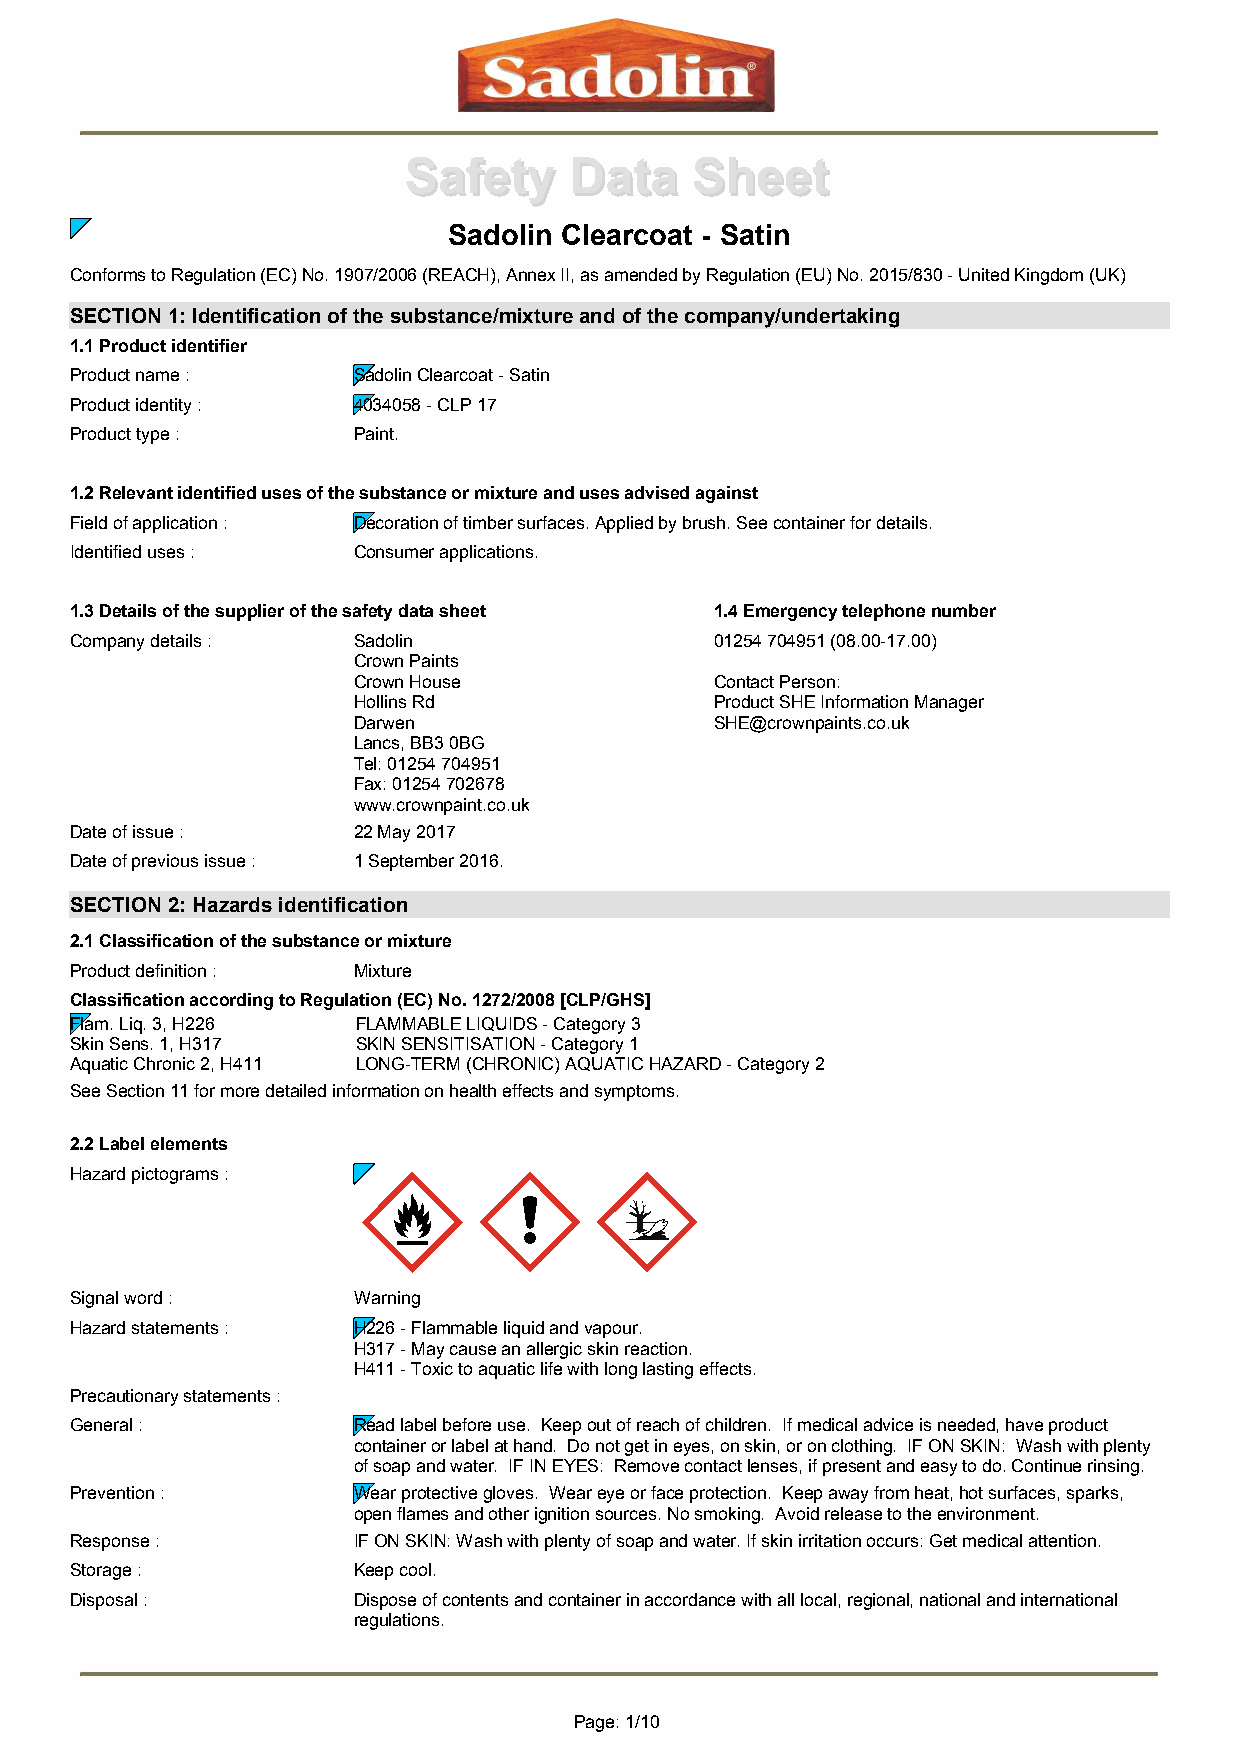
SSaaffeettyy DDaattaa SShheeeett
 Sadolin Clearcoat - Satin
 Conforms to Regulation (EC) No. 1907/2006 (REACH), Annex II, as amended by Regulation (EU) No. 2015/830 - United Kingdom (UK)
 SECTION 1: Identification of the substance/mixture and of the company/undertaking
 1.1 Product identifier
 Product name :    Sadolin Clearcoat - Satin
 Product identity : 4034058 - CLP 17
 Product type :    Paint.
 1.2 Relevant identified uses of the substance or mixture and uses advised against
 Field of application : Decoration of timber surfaces. Applied by brush. See container for details.
 Identified uses : Consumer applications.
 1.3 Details of the supplier of the safety data sheet 1.4 Emergency telephone number
 Company details : Sadolin                 01254 704951 (08.00-17.00)
 Crown Paints
 Crown House             Contact Person:
 Hollins Rd              Product SHE Information Manager
 Darwen                  SHE@crownpaints.co.uk
 Lancs, BB3 0BG
 Tel: 01254 704951
 Fax: 01254 702678
 www.crownpaint.co.uk
 Date of issue :   22 May 2017
 Date of previous issue : 1 September 2016.
 SECTION 2: Hazards identification
 2.1 Classification of the substance or mixture
 Product definition : Mixture
 Classification according to Regulation (EC) No. 1272/2008 [CLP/GHS]
 Flam. Liq. 3, H226 FLAMMABLE LIQUIDS - Category 3
 Skin Sens. 1, H317 SKIN SENSITISATION - Category 1
 Aquatic Chronic 2, H411 LONG-TERM (CHRONIC) AQUATIC HAZARD - Category 2
 See Section 11 for more detailed information on health effects and symptoms.
 2.2 Label elements
 Hazard pictograms :
 Signal word :     Warning
 Hazard statements : H226 - Flammable liquid and vapour.
 H317 - May cause an allergic skin reaction.
 H411 - Toxic to aquatic life with long lasting effects.
 Precautionary statements :
 General :         Read label before use. Keep out of reach of children. If medical advice is needed, have product
 container or label at hand. Do not get in eyes, on skin, or on clothing. IF ON SKIN: Wash with plenty
 of soap and water. IF IN EYES: Remove contact lenses, if present and easy to do. Continue rinsing.
 Prevention :      Wear protective gloves. Wear eye or face protection. Keep away from heat, hot surfaces, sparks,
 open flames and other ignition sources. No smoking. Avoid release to the environment.
 Response :        IF ON SKIN: Wash with plenty of soap and water. If skin irritation occurs: Get medical attention.
 Storage :         Keep cool.
 Disposal :        Dispose of contents and container in accordance with all local, regional, national and international
 regulations.
 Page: 1/10